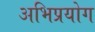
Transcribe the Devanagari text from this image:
अभिप्रयोग